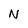
Character: N